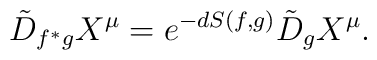
\tilde D_{f^\ast g}X^\mu=e^{-dS(f,g)}\tilde D_gX^\mu.